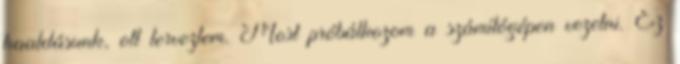
haaldásunk, ott terveztem. Most próbálkozom a számítógépen vezetni. Ez